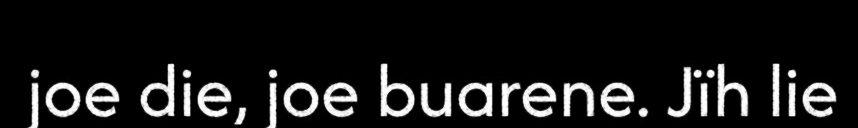
joe die, joe buarene. Jïh lie